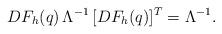
LaTeX: \begin{align*}DF_h(q) \, \Lambda^{-1} \,[DF_h(q)]^{T} = \Lambda^{-1}.\end{align*}